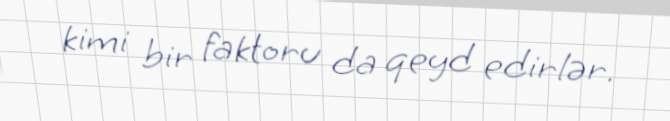
kimi bir faktoru da qeyd edirlər.